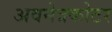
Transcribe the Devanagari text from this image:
अवनेत्रकोटर